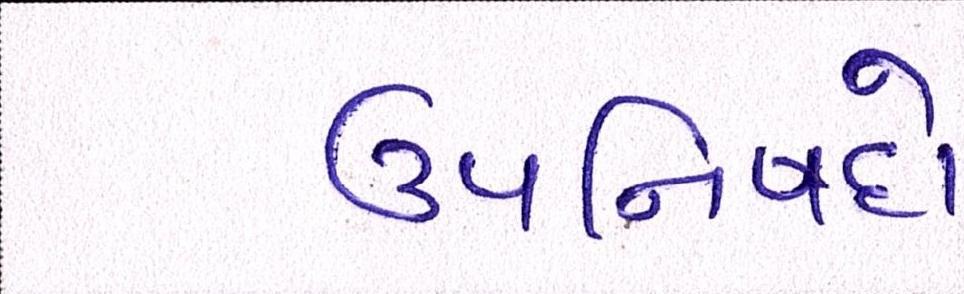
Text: ઉપનિષદો